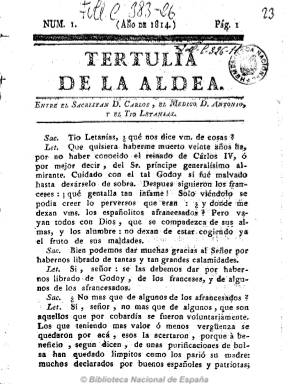
Título: Tertulia de la aldea
Otros títulos: Tertulia de la aldea entre el sacristán D. Carlos, el médico D. Antonio y el Tío Letanías
Colección: Periódicos anteriores a 1850
Ámbito geográfico: Sevilla
Lugar de publicación: Sevilla
Fechas: 01/01/1814-31/12/1814

Periódico que se imprimió por Padrino en Sevilla en el año 1814, probablemente antes del regreso de Fernando VII,  de carácter político y absolutista, redactado en forma de diálogo, tal como se señala en su subtítulo, “entre el sacristán D. Carlos, el médico, D. Antonio, y el Tío Letanías”, en donde el primero es el personaje absolutista, y los otros dos, representantes del pueblo. Defensor de la Inquisición, que “ni se ha quitado, ni se quitará mientras los españoles sean católicos, que es decir, mientras la España sea España”, como dice el sacristán, que a la vez defiende a los frailes regulares a la vez que ataca no sólo a Godoy y los afrancesados, sino a francmasones y liberales, a los que califica de “canalla”. Se conocen los tres primeros números, de cuatro páginas cada uno, y paginación seguida.